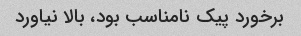
برخورد پیک نامناسب بود، بالا نیاورد